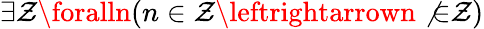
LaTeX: \exists\mathcal{Z}\foralln(n\in\mathcal{Z}\leftrightarrown\not{\in}\mathcal{Z})